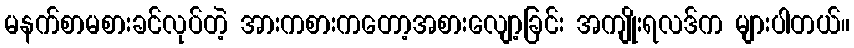
မနက်စာမစားခင်လုပ်တဲ့ အားကစားကတော့အစားလျော့ခြင်း အကျိုးရလဒ်က များပါတယ်။